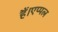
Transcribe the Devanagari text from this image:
हैं।एप्पल